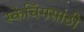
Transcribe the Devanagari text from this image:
स्केचिंगसाठी